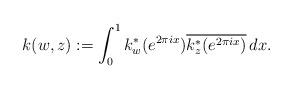
LaTeX: \begin{align*}k(w,z):=\int_{0}^{1}k_w^\ast(e^{2\pi ix})\overline{k_z^\ast(e^{2\pi ix})}\,dx.\end{align*}